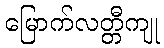
မြောက်လတ္တီကျု